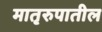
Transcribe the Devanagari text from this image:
मातृरुपातील